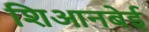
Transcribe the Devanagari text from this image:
शिआनबेई